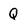
Character: Q